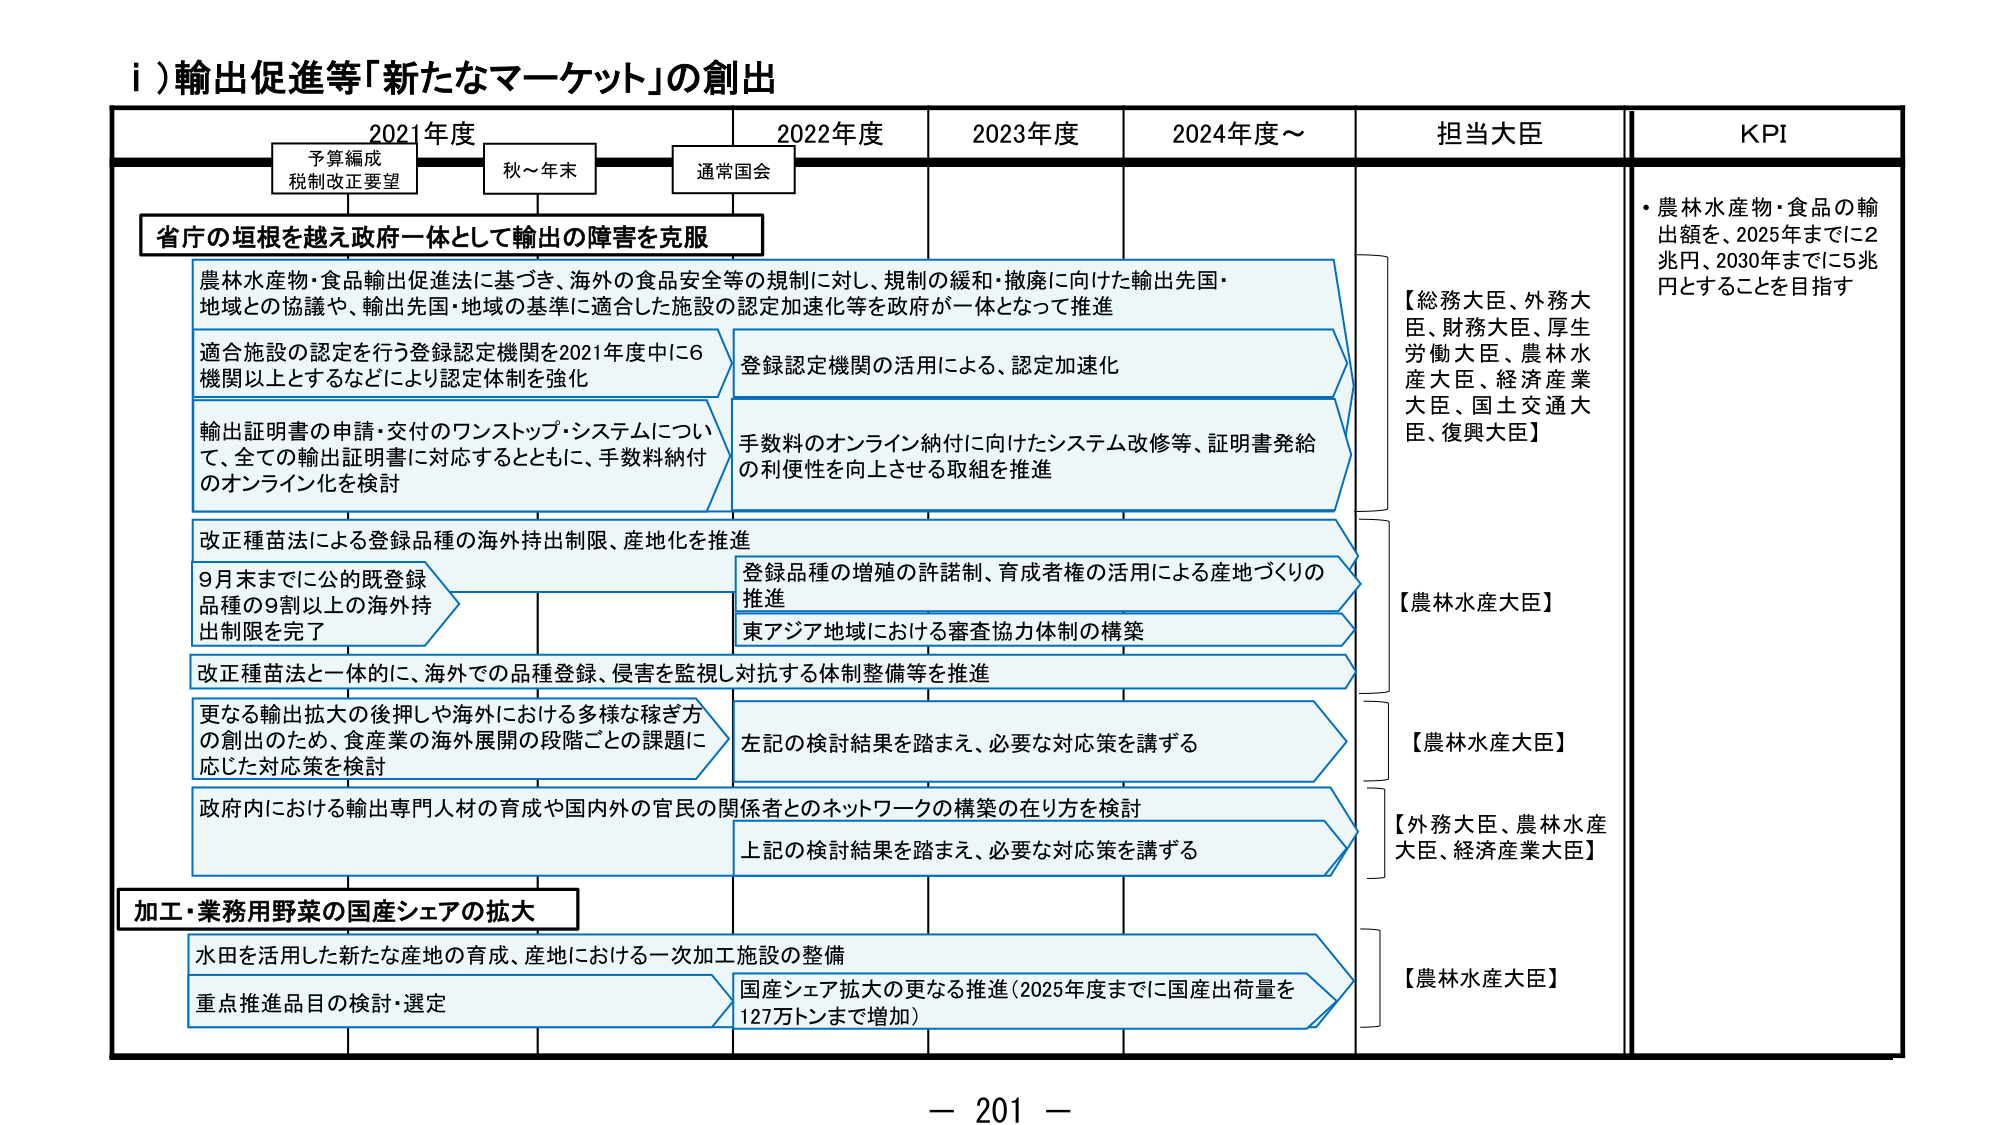
i）輸出促進等「新たなマーケット」の創出

2021年度　　　　　2022年度　　　　　2023年度　　　　　2024年度～　　　　　担当大臣　　　　　KPI

予算編成
税制改正要望　　　秋～年末　　　通常国会

省庁の垣根を越え政府一体として輸出の障害を克服

農林水産物・食品輸出促進法に基づき、海外の食品安全等の規制に対し、規制の緩和・撤廃に向けた輸出先国・
地域との協議や、輸出先国・地域の基準に適合した施設の認定加速化等を政府が一体となって推進

適合施設の認定を行う登録認定機関を2021年度中に6
機関以上とするなどにより認定体制を強化

登録認定機関の活用による、認定加速化

輸出証明書の申請・交付のワンストップ・システムについ
て、全ての輸出証明書に対応するとともに、手数料納付
のオンライン化を検討

手数料のオンライン納付に向けたシステム改修等、証明書発給
の利便性を向上させる取組を推進

改正種苗法による登録品種の海外持ち出制限、産地化を推進

9月末までに公的既登録
品種の9割以上の海外持
出制限を完了

登録品種の増殖の許諾制、育成者権の活用による産地づくりの
推進

東アジア地域における審査協力体制の構築

改正種苗法と一体的に、海外での品種登録、侵害を監視し対抗する体制整備等を推進

更なる輸出拡大の後押しや海外における多様な稼ぎ方
の創出のため、食産業の海外展開の段階ごとの課題に
応じた対応策を検討

左記の検討結果を踏まえ、必要な対応策を講ずる

政府内における輸出専門人材の育成や国内外の官民の関係者とのネットワークの構築の在り方を検討

上記の検討結果を踏まえ、必要な対応策を講ずる

加工・業務用野菜の国産シェアの拡大

水田を活用した新たな産地の育成、産地における一次加工施設の整備

重点推進品目の検討・選定

国産シェア拡大の更なる推進（2025年度までに国産出荷量を
127万トンまで増加）

【総務大臣、外務大臣、財務大臣、厚生労働大臣、農林水産大臣、経済産業大臣、国土交通大臣、復興大臣】

【農林水産大臣】

【農林水産大臣】

【外務大臣、農林水産大臣、経済産業大臣】

【農林水産大臣】

・農林水産物・食品の輸出額を、2025年までに2兆円、2030年までに5兆円とすることを目指す

－ 201 －